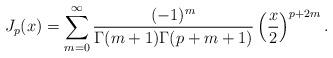
LaTeX: \begin{align*}J_p(x) = \sum_{m = 0}^\infty \frac{(-1)^m}{\Gamma(m + 1) \Gamma(p + m + 1)} \left(\frac {x}{2}\right)^{p + 2m}.\end{align*}